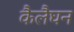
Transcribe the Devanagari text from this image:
कैलैघन